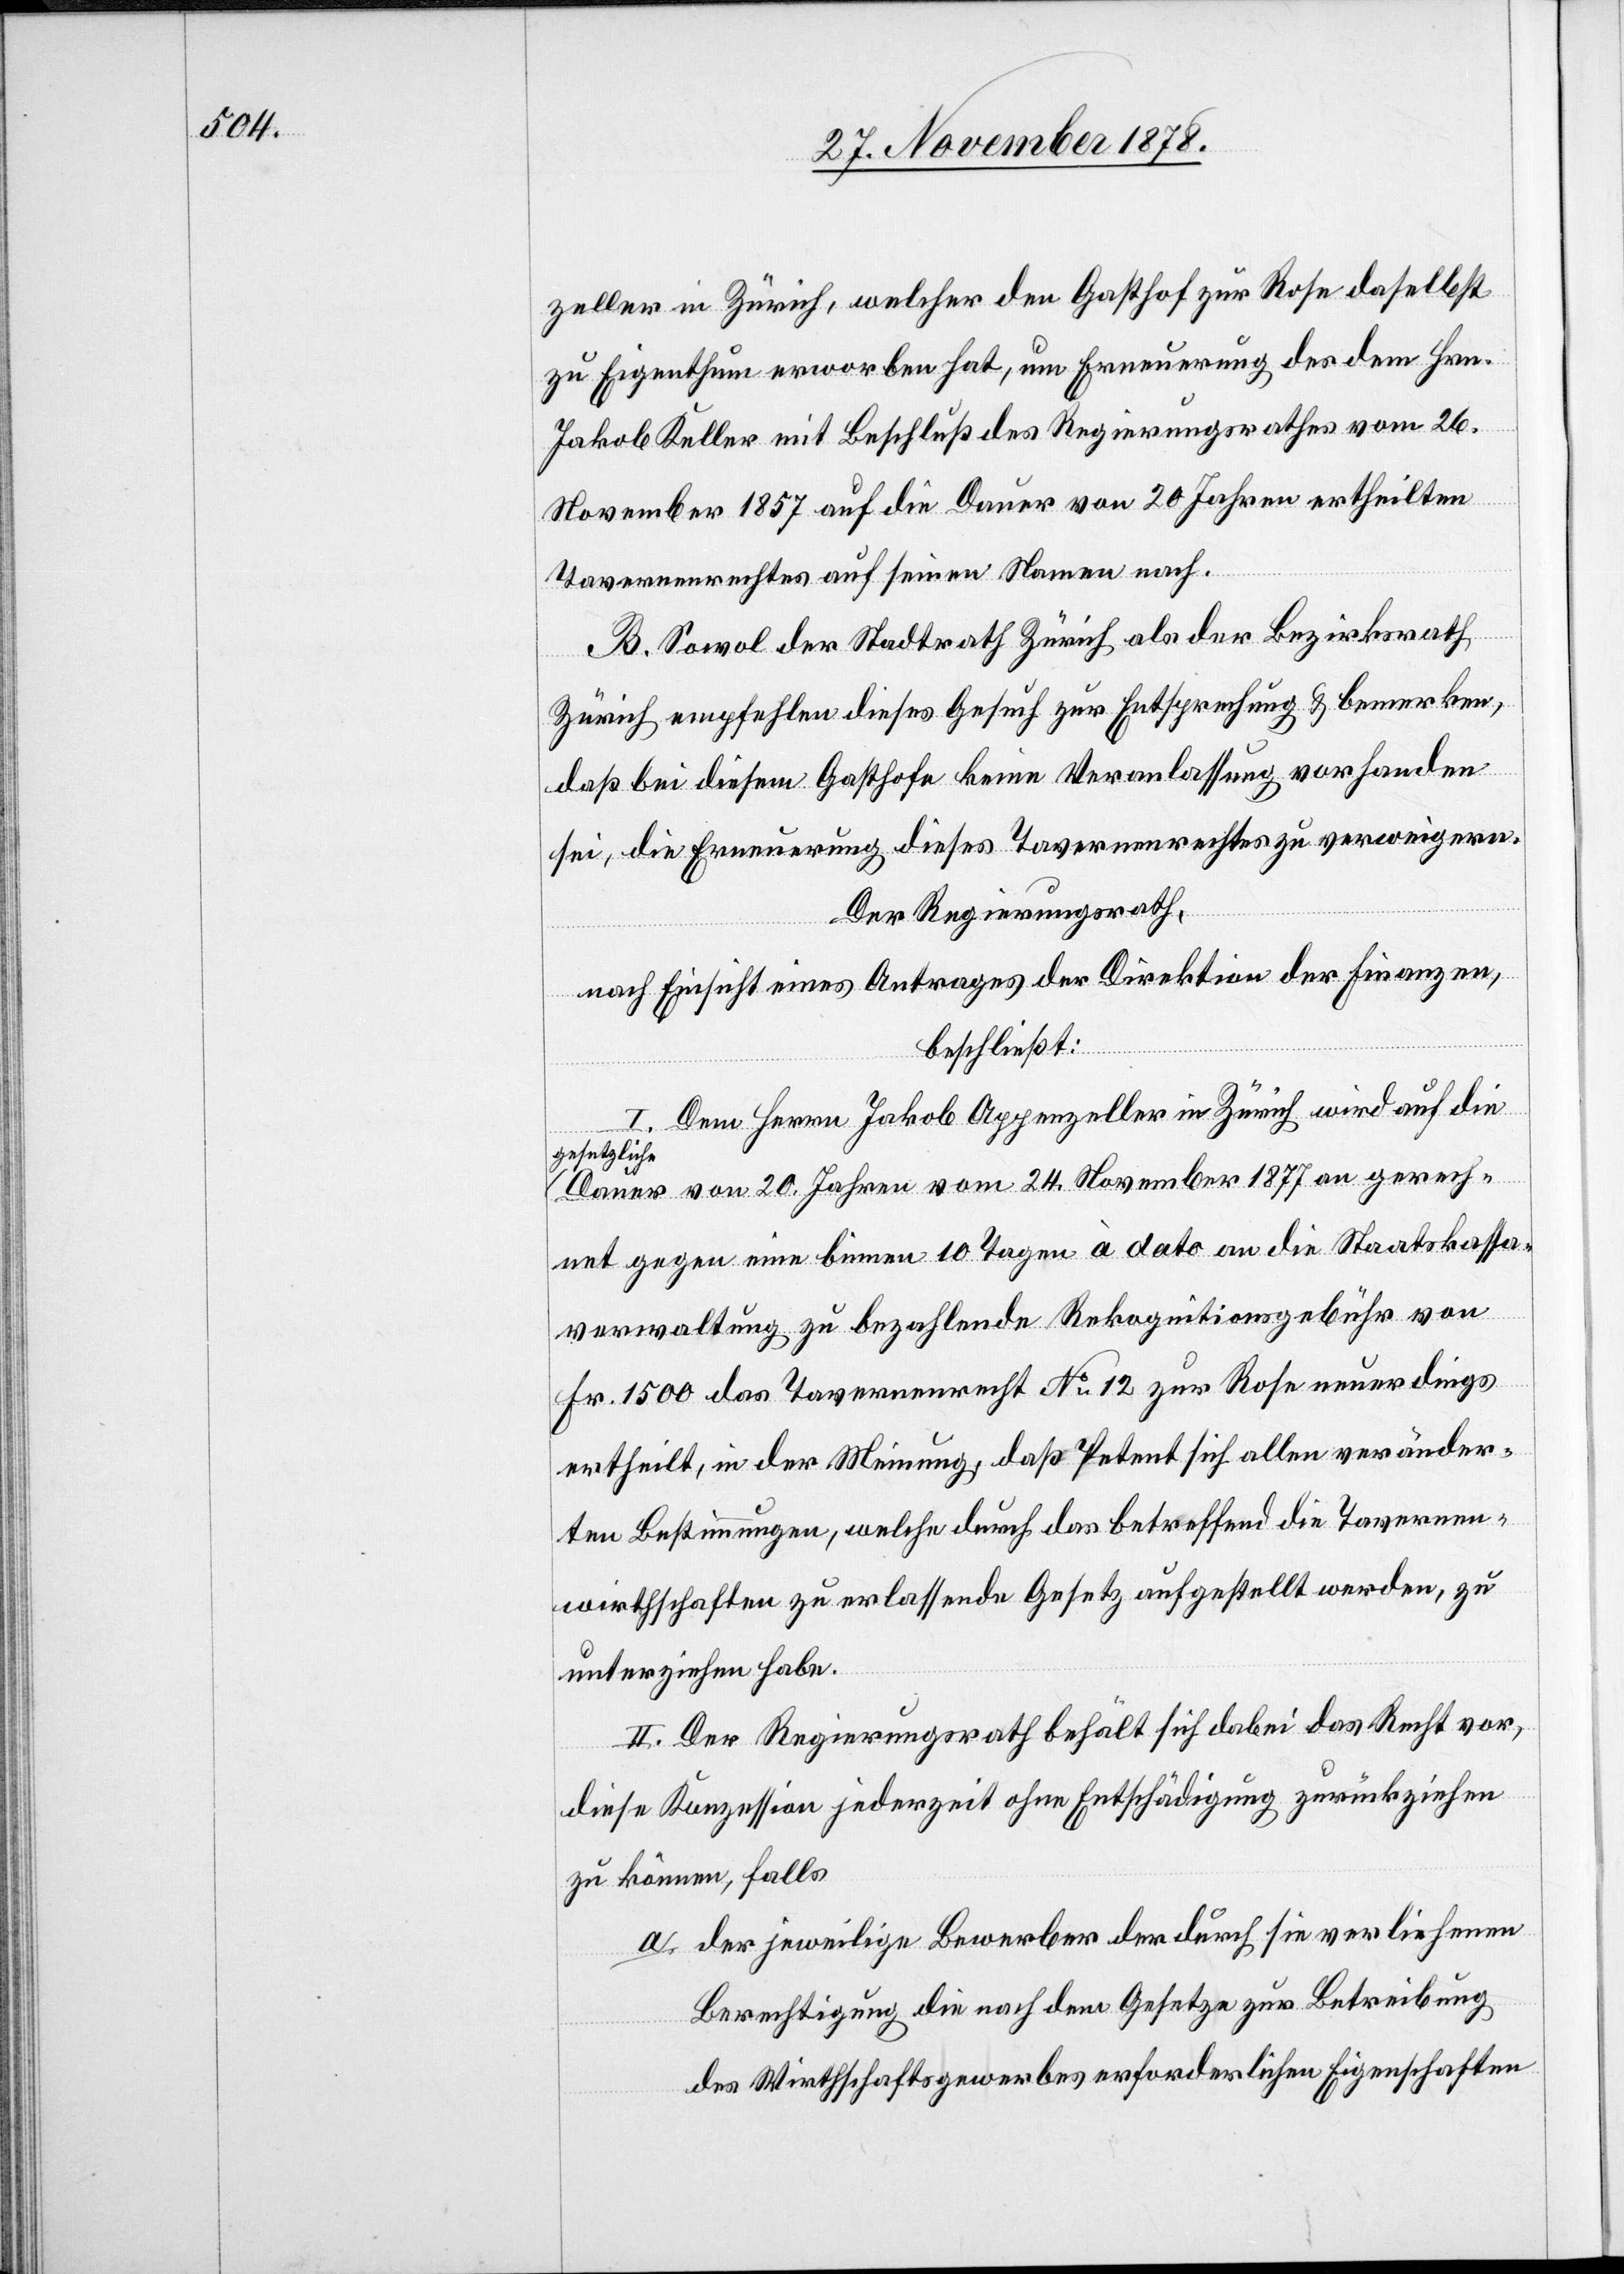
zeller in Zürich, welcher den Gasthof zur Rose daselbst
zu Eigenthum erworben hat, um Erneuerung des dem Hrn.
Jakob Keller mit Beschluß des Regierungsrathes vom 26.
November 1857 auf die Dauer von 20 Jahren ertheilten
Tavernenrechtes auf seinen Namen nach.
B. Sowol der Stadtrath Zürich als der Bezirksrath
Zürich empfehlen dieses Gesuch zur Entsprechung & bemerken,
daß bei diesem Gasthofe keine Veranlassung vorhanden
sei, die Erneuerung dieses Tavernenrechtes zu verweigern.
Der Regierungsrath,
nach Einsicht eines Antrages der Direktion der Finanzen,
beschließt:
I. Dem Herrn Jakob Appenzeller in Zürich wird auf die
gesetzliche
Dauer von 20 Jahren vom 24. November 1877 an gerech¬
net gegen eine binnen 10 Tagen à dato an die Staatskassa¬
verwaltung zu bezahlende Rekognitionsgebühr von
Fr. 1500 das Tavernenrecht No 12 zur Rose neuerdings
ertheilt, in der Meinung, daß Petent sich allen veränder¬
ten Bestimmungen, welche durch das betreffend die Tavernen¬
wirthschaften zu erlassende Gesetz aufgestellt werden, zu
unterziehen habe.
II. Der Regierungsrath behält sich dabei das Recht vor,
diese Konzession jederzeit ohne Entschädigung zurückzuziehen
zu können, falls
der jeweilige Bewerber der durch sie verliehenen
Berechtigung die nach dem Gesetze zur Betreibung
des Wirthschaftsgewerbes erforderlichen Eigenschaften